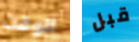
الوقت قبل